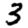
Digit: 3